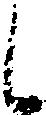
候